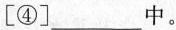
[④]_____中。